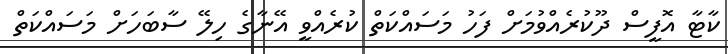
ކާޓާ އޮފީސް ދޫކުރެއްވުމަށް ފަހު މަސައްކަތް ކުރެއްވީ އޭނާގެ ހިލޭ ސާބަހަށް މަސައްކަތް